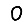
Digit: 0